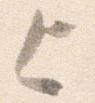
上